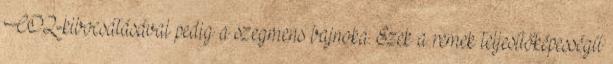
CO2-kibocsátásával pedig a szegmens bajnoka. Ezek a remek teljesítőképességű